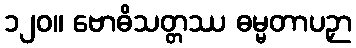
၁၂၀။ ဗောဓိသတ္တဿ ဓမ္မတာပဉှာ